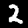
Digit: 2